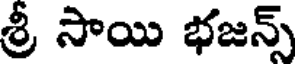
శ్రీ సాయి భజన్స్